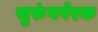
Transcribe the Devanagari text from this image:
सुरुंगपेरक